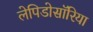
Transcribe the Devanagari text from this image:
लेपिडोसॉरिया